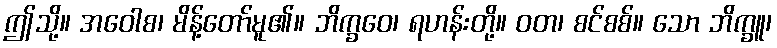
ဤသို့။ အဝေါစ၊ မိန့်တော်မူ၏။ ဘိက္ခဝေ၊ ရဟန်းတို့။ ဝတ၊ စင်စစ်။ သော ဘိက္ခူ၊